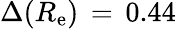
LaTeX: \Delta(R_{\mathrm{e}})\, =\, 0.44